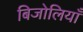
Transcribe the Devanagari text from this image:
बिजोलियाँ